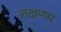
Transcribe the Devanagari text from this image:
लक्षणम